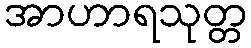
အာဟာရသုတ္တ